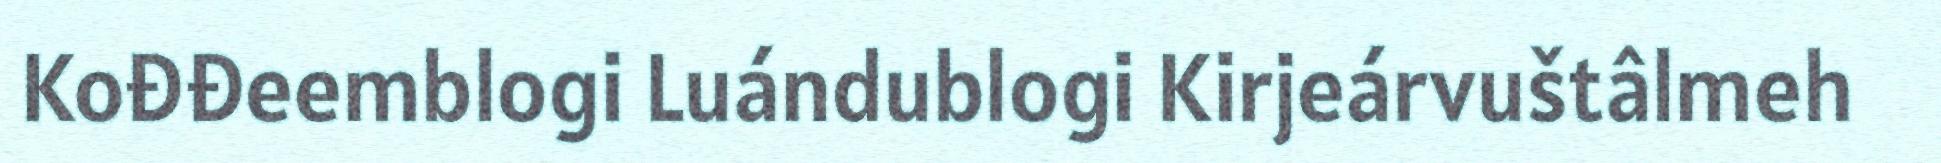
Kođđeemblogi Luándublogi Kirjeárvuštâlmeh